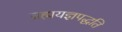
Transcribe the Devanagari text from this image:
ब्रह्मयज्ञपद्धति